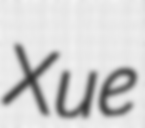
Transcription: Xue